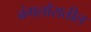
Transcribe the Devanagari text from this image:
बंगलोरातील